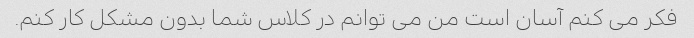
فکر می کنم آسان است من می توانم در کلاس شما بدون مشکل کار کنم.